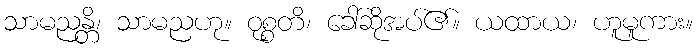
သာမညန္တိ၊ သာမညဟု။ ဝုစ္စတိ၊ ခေါ်ဆိုအပ်၏။ ယထာယ၊ ဟူမူကား။